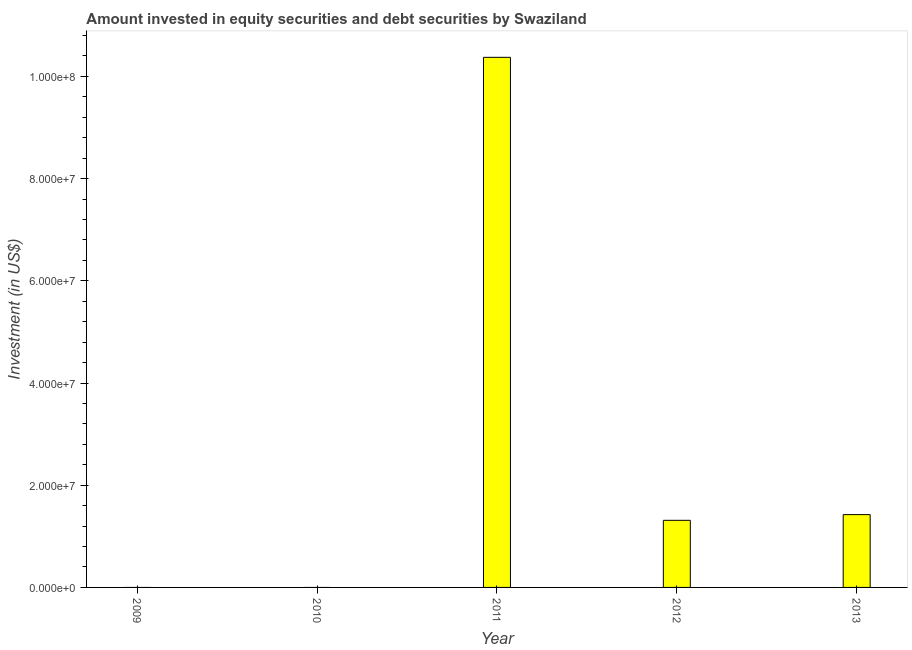
| Year | Portfolio Investment |
 | --- | --- |
 | 2009 | -1.16e+08 |
 | 2010 | -5.44e+07 |
 | 2011 | 1.04e+08 |
 | 2012 | 1.31e+07 |
 | 2013 | 1.42e+07 |